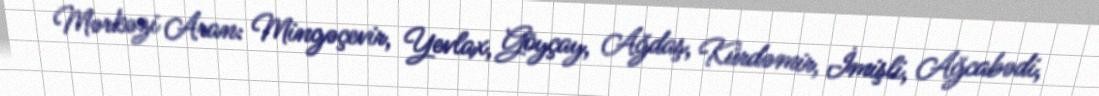
Mərkəzi Aran: Mingəçevir, Yevlax, Göyçay, Ağdaş, Kürdəmir, İmişli, Ağcabədi,